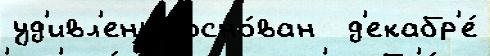
уд'ивл'ены́ осно́ван  д'екабр'е́